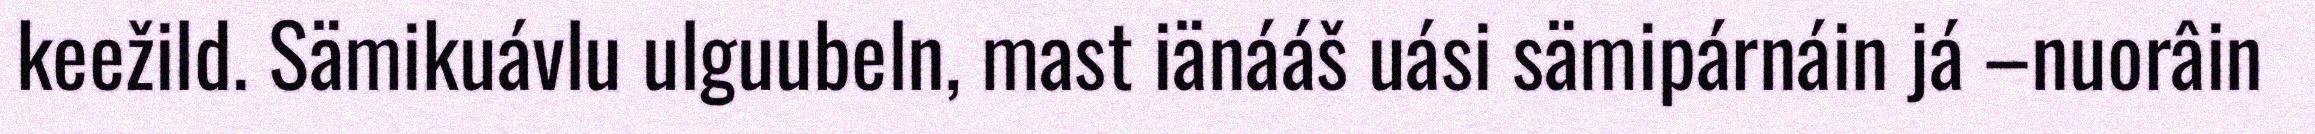
keežild. Sämikuávlu ulguubeln, mast iänááš uási sämipárnáin já –nuorâin